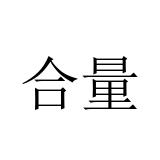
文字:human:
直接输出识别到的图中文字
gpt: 合量